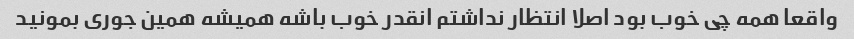
واقعا همه چی خوب بود اصلا انتظار نداشتم انقدر خوب باشه همیشه همین جوری بمونید